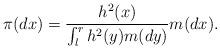
LaTeX: \begin{align*} \pi(dx)=\frac{h^2(x)}{\int_l^r h^2(y)m(dy)}m(dx). \end{align*}